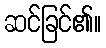
ဆင်ခြင်၏။